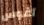
آغوس